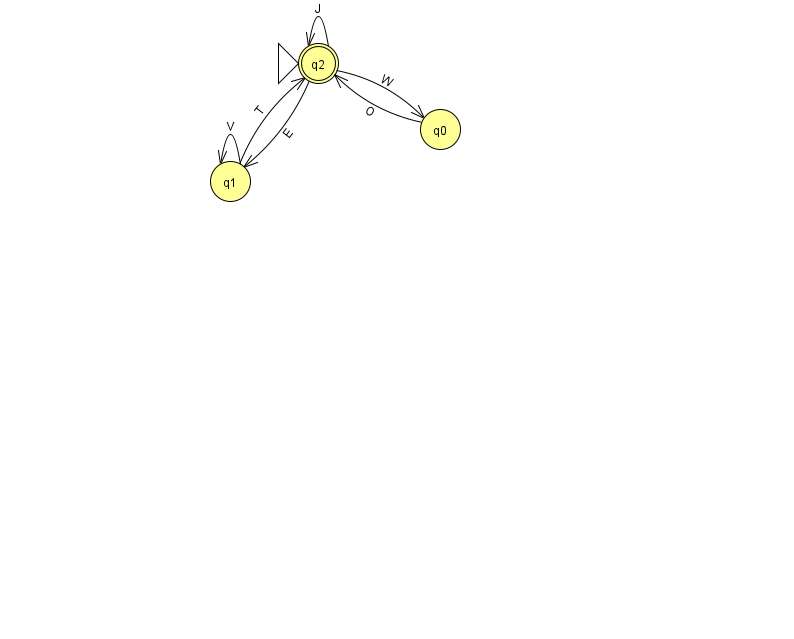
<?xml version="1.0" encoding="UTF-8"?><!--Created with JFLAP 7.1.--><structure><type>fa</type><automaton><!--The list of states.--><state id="0" name="q0"><x>440.0</x><y>116.0</y></state><state id="1" name="q1"><x>230.0</x><y>168.0</y></state><state id="2" name="q2"><x>318.0</x><y>50.0</y><initial/><final/></state><!--The list of transitions.--><transition><from>2</from><to>0</to><read>W</read></transition><transition><from>1</from><to>1</to><read>V</read></transition><transition><from>2</from><to>1</to><read>E</read></transition><transition><from>1</from><to>2</to><read>T</read></transition><transition><from>0</from><to>2</to><read>O</read></transition><transition><from>2</from><to>2</to><read>J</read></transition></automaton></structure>